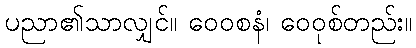
ပညာ၏သာလျှင်။ ဝေဝစနံ၊ ဝေဝုစ်တည်း။